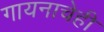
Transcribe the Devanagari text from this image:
गायनाचेही